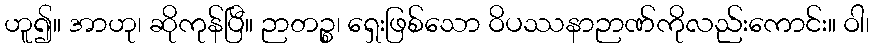
ဟူ၍။ အာဟု၊ ဆိုကုန်ပြီ။ ဉာတဉ္စ၊ ရှေးဖြစ်သော ဝိပဿနာဉာဏ်ကိုလည်းကောင်း။ ဝါ၊